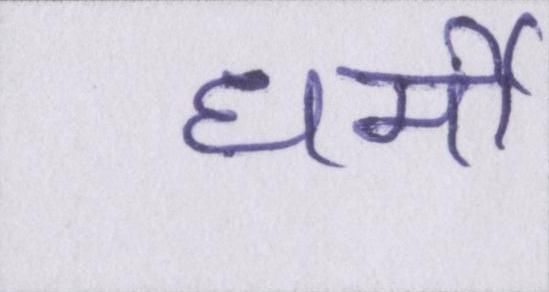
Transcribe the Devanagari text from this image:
धर्मी